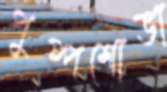
পুষ্পশোভা